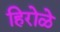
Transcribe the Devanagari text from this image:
हिरोळे